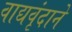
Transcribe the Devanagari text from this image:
वाद्यवृंदाने